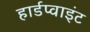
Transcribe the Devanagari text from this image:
हार्डप्वाइंट